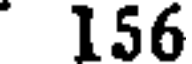
156